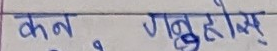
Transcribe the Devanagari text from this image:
कुन गर्नु होस्